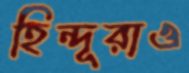
হিন্দূরাও